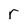
Character: r